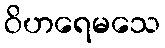
ဝိဟရေမသေ